Source: Handwritten
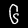
Digit: ၆ (6)